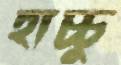
হাচ্চু